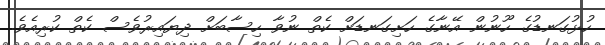
ހުޅުގަނޑުގެ ހޫނުން އޭނާގެ ހަށިގަނޑަށް ކެތް ނުވާ ހިސާބަށް ދިޔައިރުވެސް ކެތް ކުރިއެވެ.